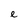
Character: c